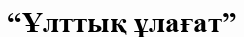
“Ұлттық ұлағат”